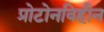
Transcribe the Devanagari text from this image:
प्रोटोनविहीन